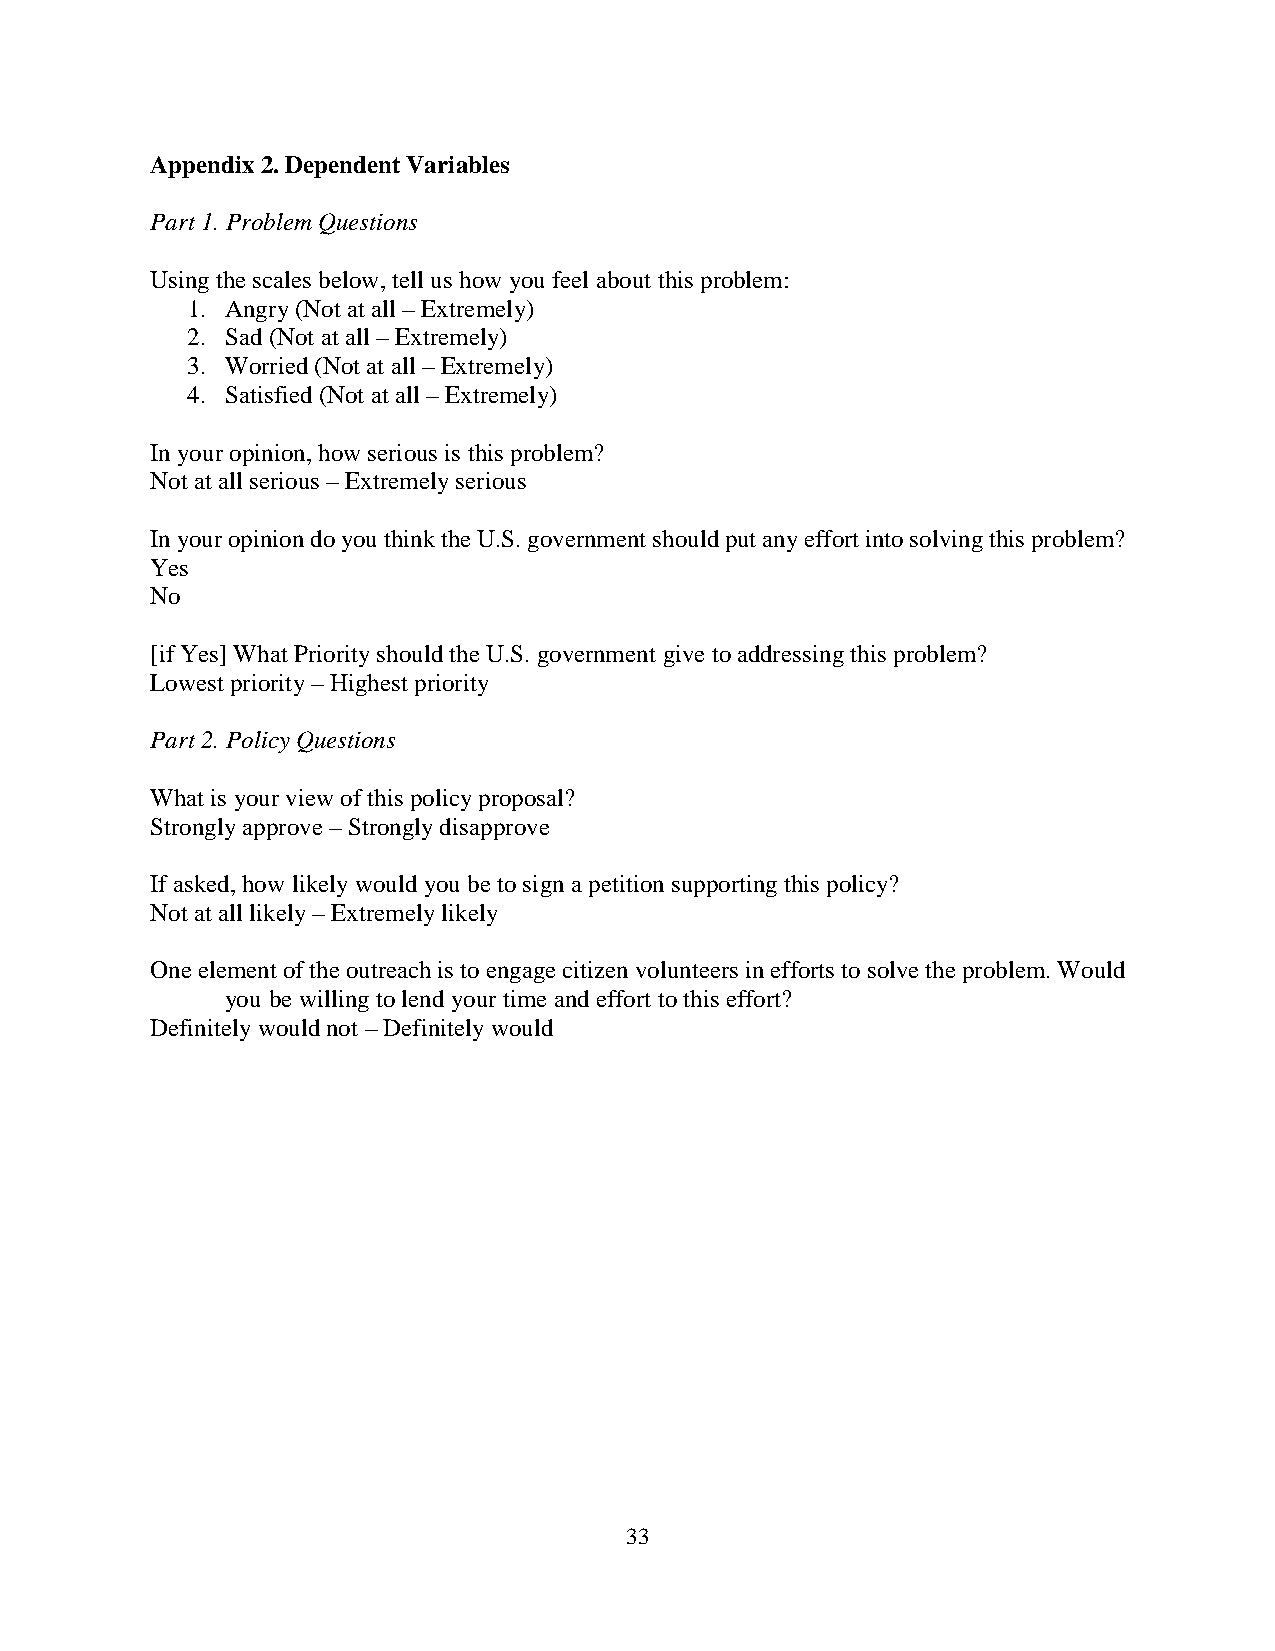
Appendix 2. Dependent Variables
 Part 1. Problem Questions
 Using the scales below, tell us how you feel about this problem:
 1. Angry (Not at all – Extremely)
 2. Sad (Not at all – Extremely)
 3. Worried (Not at all – Extremely)
 4. Satisfied (Not at all – Extremely)
 In your opinion, how serious is this problem?
 Not at all serious – Extremely serious
 In your opinion do you think the U.S. government should put any effort into solving this problem?
 Yes
 No
 [if Yes] What Priority should the U.S. government give to addressing this problem?
 Lowest priority – Highest priority
 Part 2. Policy Questions
 What is your view of this policy proposal?
 Strongly approve – Strongly disapprove
 If asked, how likely would you be to sign a petition supporting this policy?
 Not at all likely – Extremely likely
 One element of the outreach is to engage citizen volunteers in efforts to solve the problem. Would
 you be willing to lend your time and effort to this effort?
 Definitely would not – Definitely would
 33